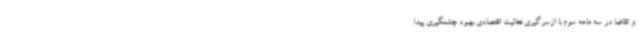
و تقاضا در سه ماهه سوم با ازسرگیری فعالیت اقتصادی بهبود چشمگیری پیدا